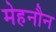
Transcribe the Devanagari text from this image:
मेहनौन